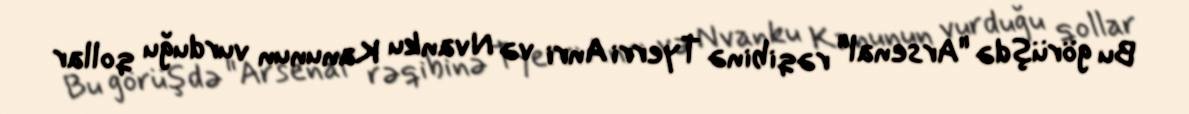
Bu görüşdə "Arsenal" rəqibinə Tyerri Anri və Nvanku Kanunun vurduğu qollar